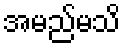
အမည်မသိ